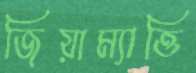
জিয়াম্যাত্তি